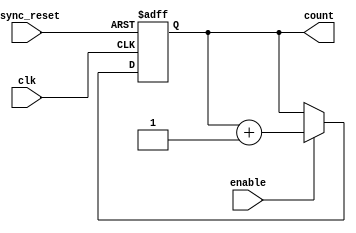
module dynamic_asynchronous_counter (
    input wire clk,           // Primary clock signal
    input wire async_reset,   // Asynchronous reset signal
    input wire enable,        // Enable signal for counting
    output reg [7:0] count    // 8-bit counter output
);
    
    // Always block for asynchronous reset and counting
    always @(posedge clk or posedge async_reset) begin
        if (async_reset) begin
            count <= 8'b0;    // Reset counter to zero
        end else if (enable) begin
            count <= count + 1; // Increment counter on clock edge
        end
    end 

endmodule